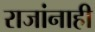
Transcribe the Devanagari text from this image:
राजांनाही